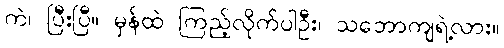
ကဲ၊ ပြီးပြီ။ မှန်ထဲ ကြည့်လိုက်ပါဦး၊ သဘောကျရဲ့လား။